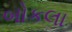
બોકલા